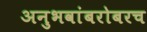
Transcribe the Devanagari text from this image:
अनुभवांबरोबरच